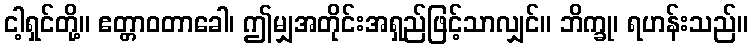
ငါ့ရှင်တို့။ ဧတ္တာဝတာခေါ၊ ဤမျှအတိုင်းအရှည်ဖြင့်သာလျှင်။ ဘိက္ခု၊ ရဟန်းသည်။